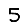
Digit: 5